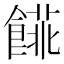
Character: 𩝨